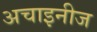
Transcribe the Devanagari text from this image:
अचाइनीज